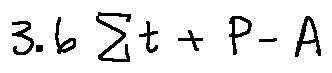
3 . 6 \sum t + P - A